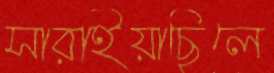
সারাইয়াছিলে